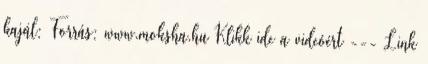
kajál: Forrás: www.moksha.hu Klikk ide a videóért --- Link